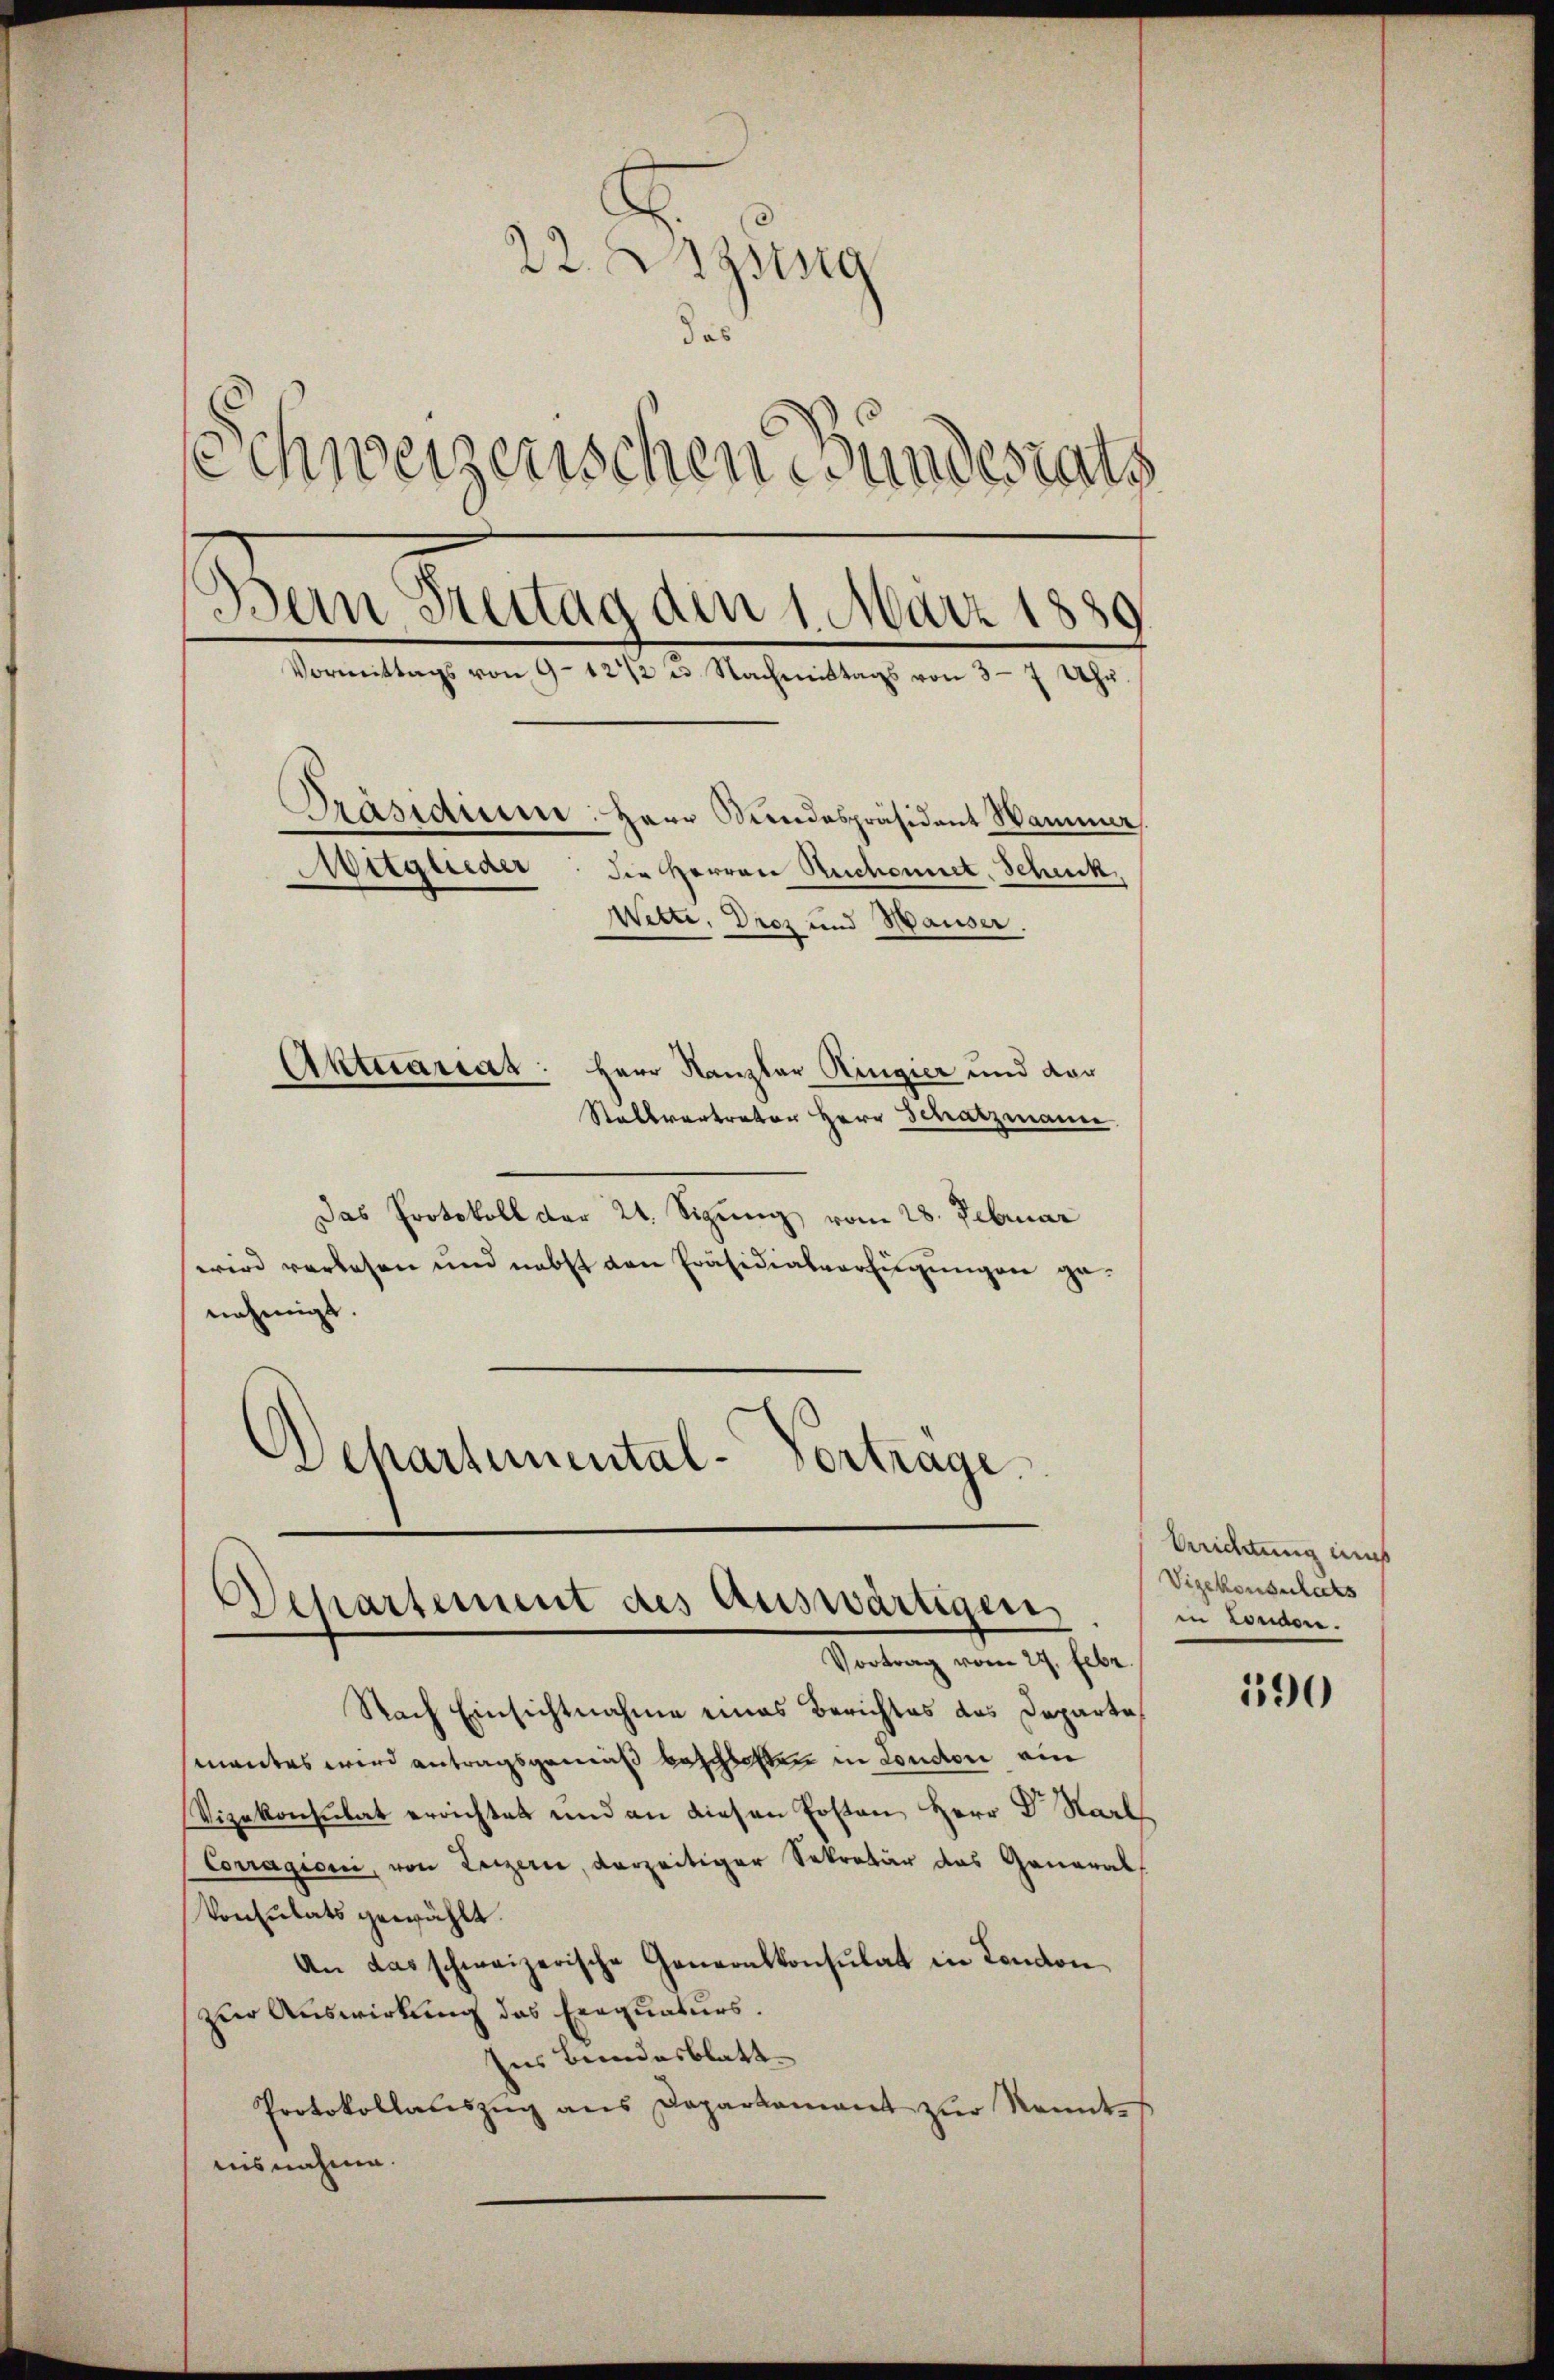
22. Augsing
as
Schweizerischen Bundesrath
Ban Stettag den 1. März 1889
Vormittags von 9-12/2 u Nachmittags von 3-7 Uhr.
Präsidium. Herr Bundespräsident Wammer
Mitglieder
die Herren Rechennet, Schuck,
Wette, Droz und Hauser.
Aktuarias: Herr Kanzler Ringier und dar

Stallvertreter Herr Schatzmann
Das Protokoll der 24. Sizung vom 28. Februar
wird verlesen und nebst den Präsidialverfügungen genehmigt.
Departemental-Vortrage

Departement des auswärtigen
Vortrag vom 27. Febr.

Nach Einsichtnahme eines Berichtes das Departe
mantes wird antragsgemäß beschlossen in London ein
Vizekonsulat errichtet und an diesen Ersten Herr Dr. Karl
Corragioni, von Luzern, vorzeitiger Sekretär das General-
Vonsulats gewählt.
An das schweizerische Generalkonsulat in London
zur Auswirkung des Einquaturs.
Ins Bundesblatt
Protokollauszug aus Daparkament zŭr Kennt
ausnahme.

Richtung mus
Vigekonsulats
in London.

190